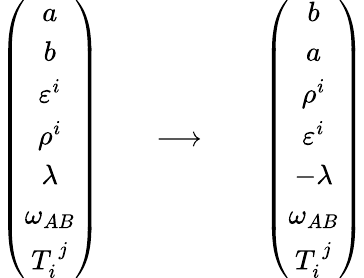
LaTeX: \begin{array}{ccc}{{\left(\begin{array}{c}{{a}}\\ {{b}}\\ {{\varepsilon^{i}}}\\ {{\rho^{i}}}\\ {{\lambda}}\\ {{\omega_{AB}}}\\ {{T_{i}^{~j}}}\end{array}\right)~~~~}}&{{\longrightarrow}}&{{~~~~\left(\begin{array}{c}{{b}}\\ {{a}}\\ {{\rho^{i}}}\\ {{\varepsilon^{i}}}\\ {{-\lambda}}\\ {{\omega_{AB}}}\\ {{T_{i}^{~j}}}\end{array}\right)}}\end{array}